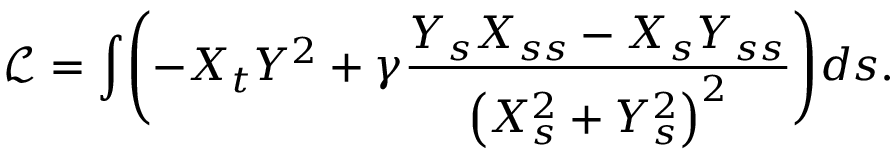
\mathcal { L } = \int \Biggl ( - X _ { t } Y ^ { 2 } + \gamma \frac { Y _ { s } X _ { s s } - X _ { s } Y _ { s s } } { \left( X _ { s } ^ { 2 } + Y _ { s } ^ { 2 } \right) ^ { 2 } } \Biggr ) d s .